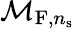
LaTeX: \mathcal{M}_{\mathrm{F},n_{\mathrm{s}}}